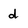
Character: d